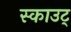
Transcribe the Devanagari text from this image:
स्काउट्